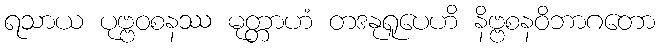
ရသာယ ပုဗ္ဗဝစနဿ မုတ္တာဟံ တဒနုရူပေဟိ နိဗ္ဗစနဝိဘာဂတော